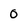
Character: 0